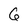
Character: 6